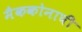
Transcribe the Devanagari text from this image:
मैककोनाघी